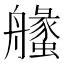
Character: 𦪶